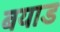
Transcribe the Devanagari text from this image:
बयाड